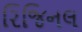
રિજિનલ